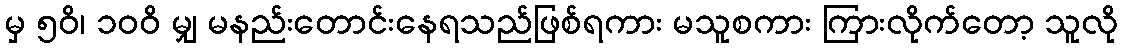
မှ ၅၀ိ၊ ၁၀၀ိ မျှ မနည်းတောင်းနေရသည်ဖြစ်ရကား မသူစကား ကြားလိုက်တော့ သူလို